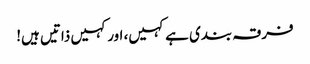
فرقہ بندی ہے کہیں، اور کہیں ذاتیں ہیں!